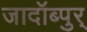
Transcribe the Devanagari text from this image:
जादॉब्पुर्